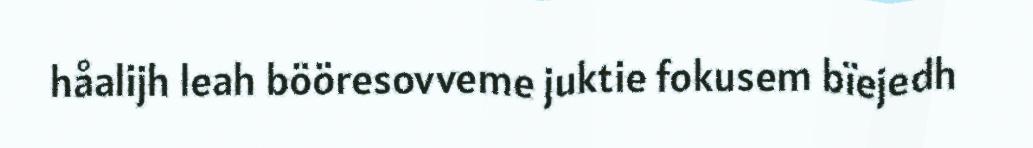
håalijh leah bööresovveme juktie fokusem bïejedh